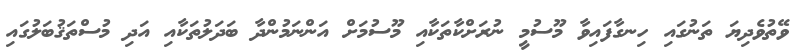
ވޭތުވެދިޔަ ތަނުގައި ހިނގާފައިވާ މޫސުމީ ނުރަށްކާތަކާއި މޫސުމަށް އަންނަމުންދާ ބަދަލުތަކާއި އަދި މުސްތަޤުބަލުގައި